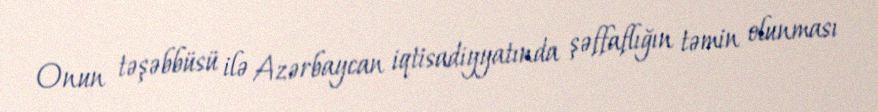
Onun təşəbbüsü ilə Azərbaycan iqtisadiyyatında şəffaflığın təmin olunması